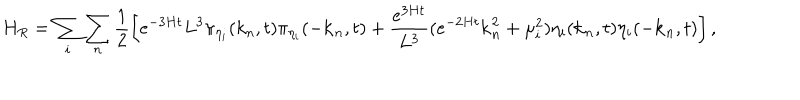
LaTeX: H _ { R } = \sum _ { i } \sum _ { n } \frac { 1 } { 2 } \left[ e ^ { - 3 H t } L ^ { 3 } \pi _ { \eta _ { i } } ( k _ { n } , t ) \pi _ { \eta _ { i } } ( - { \bf k } _ { n } , t ) + \frac { e ^ { 3 H t } } { L ^ { 3 } } ( e ^ { - 2 H t } { \bf k } _ { n } ^ { 2 } + \mu _ { i } ^ { 2 } ) \eta _ { i } ( { \bf k } _ { n } , t ) \eta _ { i } ( - { \bf k } _ { n } , t ) \right] ,